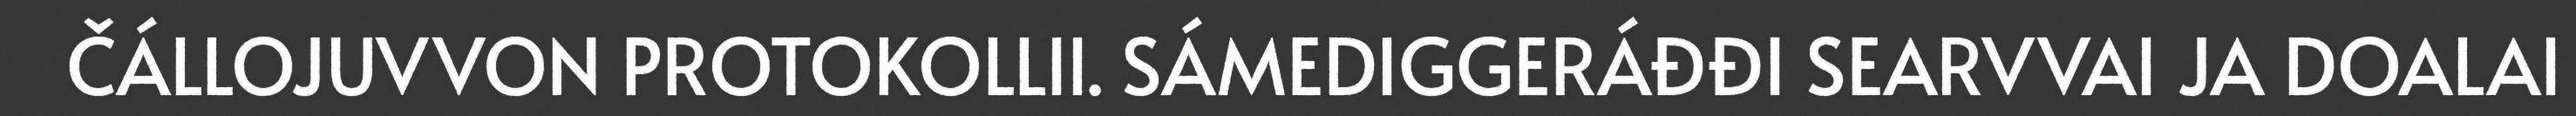
ČÁLLOJUVVON PROTOKOLLII. SÁMEDIGGERÁĐĐI SEARVVAI JA DOALAI